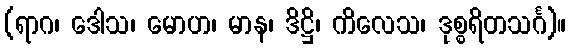
(ရာဂ၊ ဒေါသ၊ မောဟ၊ မာန၊ ဒိဋ္ဌိ၊ ကိလေသ၊ ဒုစ္စရိတသင်္ဂ)။